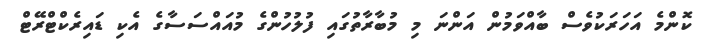
ކޮންމެ އަހަރަކުވެސް ބާއްވަމުން އަންނަ މި މުބާރާތުގައި ފުލުހުންގެ މުއައްސަސާގެ އެކި ޑައިރެކްޓްރޭޓް